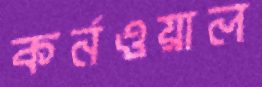
কর্নওয়াল